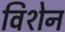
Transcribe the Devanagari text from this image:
विशेन